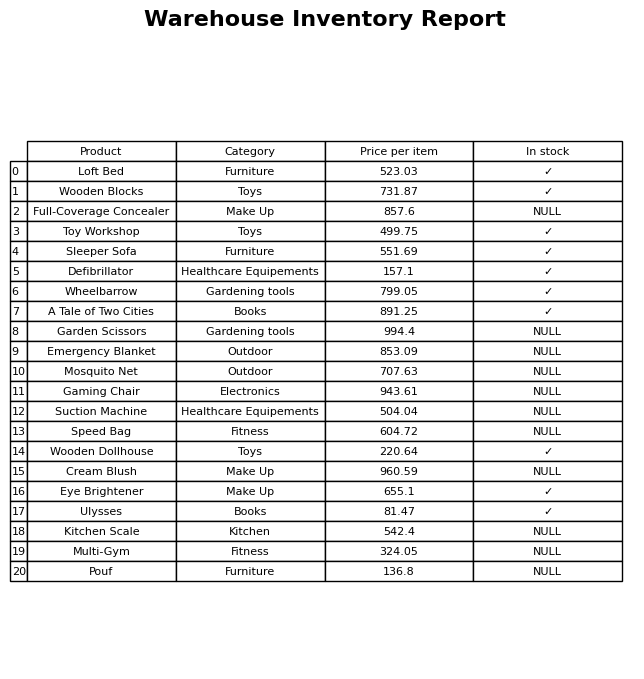
question: What is the price of the Multi-Gym?
answer: The price of Multi-Gym is 324.05.